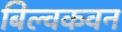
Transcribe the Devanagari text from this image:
बिल्वकवन